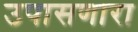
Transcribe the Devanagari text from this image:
उपासणारा